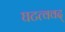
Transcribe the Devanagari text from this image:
घटत्ववद्